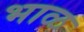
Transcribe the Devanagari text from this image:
भाळ